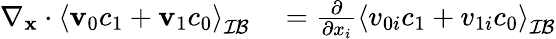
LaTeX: \begin{array}{rl}{\nabla_{\mathbf x}\cdot\left\langle\mathbf v_{0}c_{1}+\mathbf v_{1}c_{0}\right\rangle_{\mathcal{IB}}}&{{}=\frac{\partial}{\partial x_{i}}\left\langle v_{0i}c_{1}+v_{1i}c_{0}\right\rangle_{\mathcal{IB}}}\end{array}